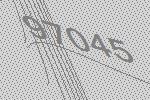
97045